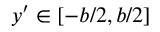
y ^ { \prime } \in \left[ - b / 2 , b / 2 \right]